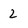
Character: 2